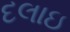
દલાઇ